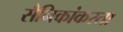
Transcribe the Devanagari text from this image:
सैनिकांकरता